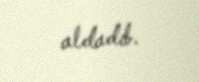
aldadıb.